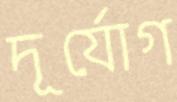
দূর্যোগ